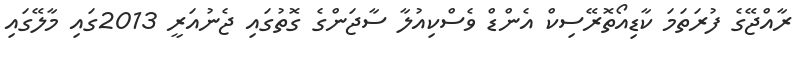
ރާއްޖޭގެ ފުރަތަމަ ކާޑިއޯތޮރޭސިކް އެންޑް ވެސްކިއުލާ ސާޖަންގެ ގޮތުގައި ޖެނުއަރީ 2013ގައި މާލޭގައި